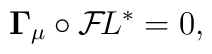
{\bf\Gamma}_\mu \circ{\cal F}\!L^* = 0,